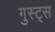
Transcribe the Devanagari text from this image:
गुस्ट्स